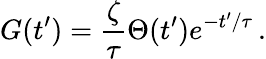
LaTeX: G(t^{\prime})=\frac{\zeta}{\tau}\Theta(t^{\prime})e^{-t^{\prime}/\tau}\, .